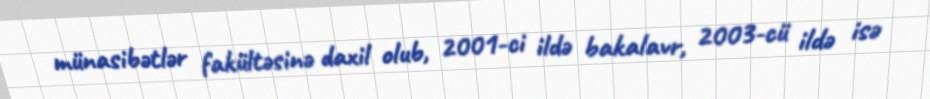
münasibətlər fakültəsinə daxil olub, 2001-ci ildə bakalavr, 2003-cü ildə isə